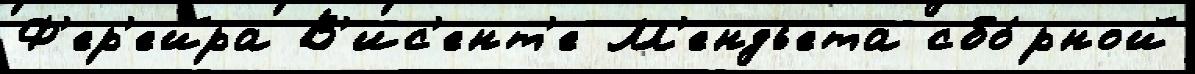
Ф'ер'ейра В'ис'ент'е М'ендьета сбо́рной